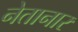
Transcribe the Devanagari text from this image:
नेतानार